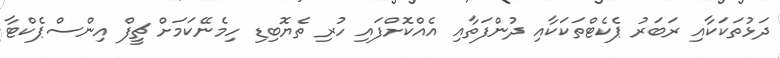
ދަޅުތަކަކާއި ރަބަރު ޕެކެޓްތަކަކާއި ދުންފަތާއި އެއްކޮށްފައި ހުރި ތެޔޮބިޑި ހިމެނޭކަމަށް ޗީފް އިންސްޕެކްޓާ